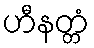
ဟီနတ္တံ